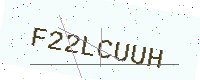
Text: F22LCUUH